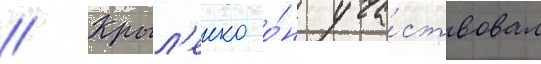
// Крыл'енко о́н уча́ствовал